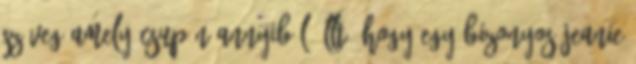
szöveg amely csupán annyiból állt, hogy egy bizonyos Jeanie